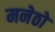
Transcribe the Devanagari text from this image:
मनेठो